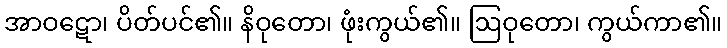
အာဝဋော၊ ပိတ်ပင်၏။ နိဝုတော၊ ဖုံးကွယ်၏။ ဩဝုတော၊ ကွယ်ကာ၏။